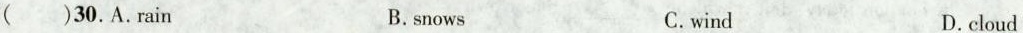
( )30.A.rain B.snows C.wind D.cloud